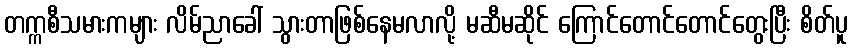
တက္ကစီသမားကများ လိမ်ညာခေါ် သွားတာဖြစ်နေမလာလို့ မဆီမဆိုင် ကြောင်တောင်တောင်တွေးပြီး စိတ်ပူ